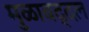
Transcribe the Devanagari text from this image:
मुळाबद्दल